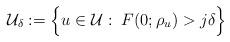
LaTeX: \begin{align*}\mathcal U_\delta:=\Big\{u\in \mathcal U:\; F(0;\rho_u)> j\delta\Big\} \end{align*}